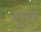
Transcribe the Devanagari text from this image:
गुत्त